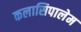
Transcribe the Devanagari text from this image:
कलासिपालेम